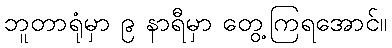
ဘူတာရုံမှာ ၉ နာရီမှာ တွေ့ကြရအောင်။